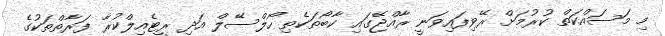
މި މަސައްކަތް ކުރުމަށް ރޭވިފައިވަނީ ރާއްޖޭގައި ކާބޯތަކެތި ހޯލްސޭލް އަދި ރީޓެއިލްކުރާ ފަރާތްތަކުގެ